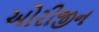
ઓરીજીન